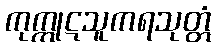
ကုက္ကုဋသူကရသုတ္တံ